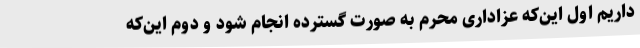
داریم اول این‌که عزاداری محرم به صورت گسترده انجام شود و دوم این‌که